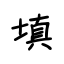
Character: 填